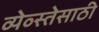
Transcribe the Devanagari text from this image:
व्येव्स्तेसाठी